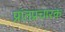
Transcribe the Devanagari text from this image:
प्रांतप्रचारक